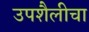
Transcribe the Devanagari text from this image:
उपशैलीचा